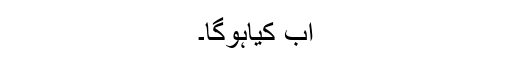
اب کیاہوگا۔